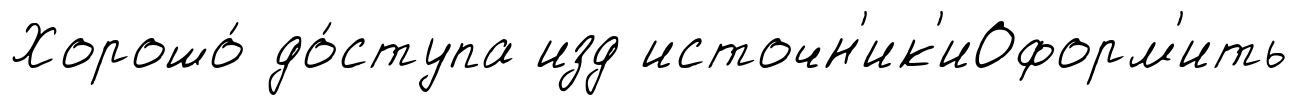
Хорошо́ до́ступа изд источн'ик'иОформ'ить